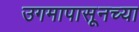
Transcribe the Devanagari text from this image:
उगमापासूनच्या